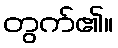
တွက်၏။